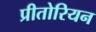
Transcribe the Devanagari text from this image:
प्रीतोरियन